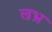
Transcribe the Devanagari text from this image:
ल्रभ्र